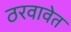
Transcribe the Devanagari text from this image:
ठरवावेत